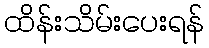
ထိန်းသိမ်းပေးရန်